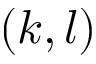
( k , l )